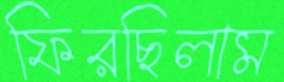
ফিরছিলাম